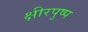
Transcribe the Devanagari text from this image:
क्षीरपुष्प